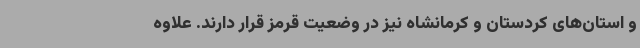
و استان‌های کردستان و کرمانشاه نیز در وضعیت قرمز قرار دارند. علاوه